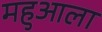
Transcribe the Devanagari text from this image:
महुआला